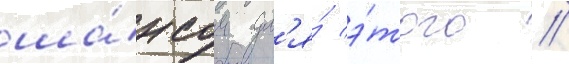
ша́нсом дл'я́ э́того //